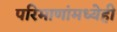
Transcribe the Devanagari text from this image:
परिमाणांमध्येही